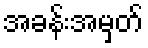
အခန်းအမှတ်